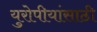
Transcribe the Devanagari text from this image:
युरोपीयांसाठी